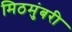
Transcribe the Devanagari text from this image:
मिठमुंबरी